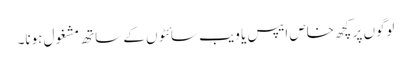
لوگوں پر کچھ خاص ایپس یا ویب سائٹوں کے ساتھ مشغول ہونا۔